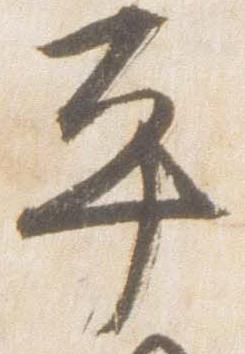
平